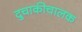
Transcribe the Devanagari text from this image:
दुचाकीचालक